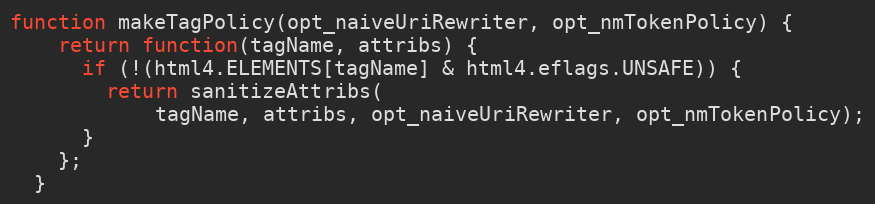
Language: JavaScript
function makeTagPolicy(opt_naiveUriRewriter, opt_nmTokenPolicy) {
    return function(tagName, attribs) {
      if (!(html4.ELEMENTS[tagName] & html4.eflags.UNSAFE)) {
        return sanitizeAttribs(
            tagName, attribs, opt_naiveUriRewriter, opt_nmTokenPolicy);
      }
    };
  }